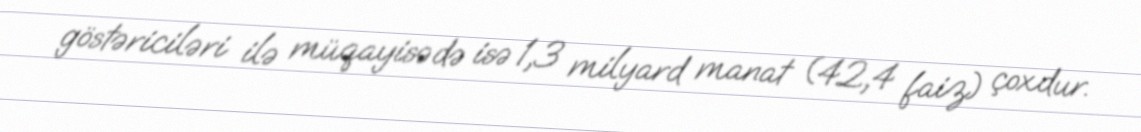
göstəriciləri ilə müqayisədə isə 1,3 milyard manat (42,4 faiz) çoxdur.